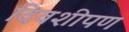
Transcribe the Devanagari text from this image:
दिवशीपण